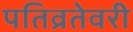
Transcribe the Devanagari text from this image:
पतिव्रतेवरी